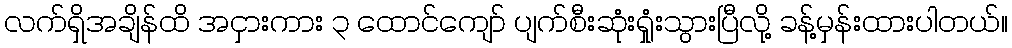
လက်ရှိအချိန်ထိ အငှားကား ၃ ထောင်ကျော် ပျက်စီးဆုံးရှုံးသွားပြီလို့ ခန့်မှန်းထားပါတယ်။